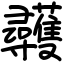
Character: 彠